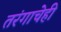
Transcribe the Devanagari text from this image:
तरंगाचेही